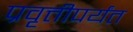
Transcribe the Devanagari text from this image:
प्रवृत्तीपर्यंत